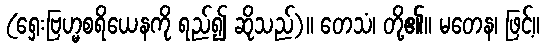
(ရှေးဗြဟ္မစရိယေနကို ရည်၍ ဆိုသည်)။ တေသံ၊ တို့၏။ မတေန၊ ဖြင့်။